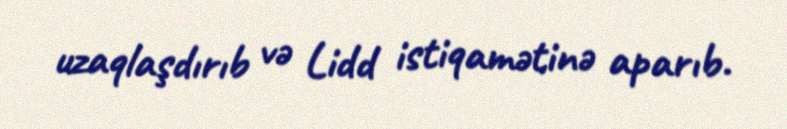
uzaqlaşdırıb və Lidd istiqamətinə aparıb.